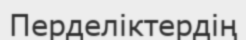
Перделіктердің